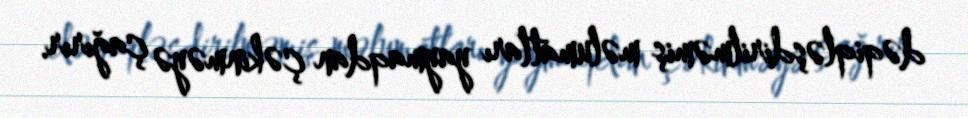
dəqiqləşdirilməmiş məlumatları yaymaqdan çəkinməyə çağırır.